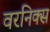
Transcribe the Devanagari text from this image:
वरनिक्स